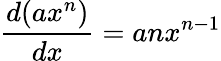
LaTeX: {\frac{d(ax^{n})}{dx}}=anx^{n-1}